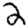
Digit: 2